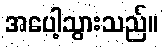
အပေါ့သွားသည်။